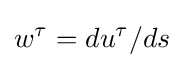
w^{\tau }=du^{\tau }/ds